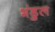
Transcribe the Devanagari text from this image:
भंडुल